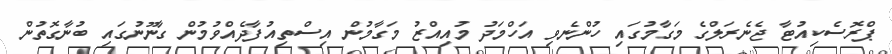
ޕްރޮސެކިއުޓާ ޖެނެރަލްގެ މަގާމުގައި ހުންނެވި އަހްމަދު މުއިއްޒު މަގާމުން އިސްތިއުފާދެއްވުމުން ގާނޫނުގައި ބުނާގޮތުން